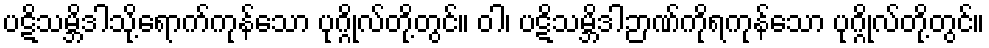
ပဋိသမ္ဘိဒါသို့ရောက်ကုန်သော ပုဂ္ဂိုလ်တို့တွင်။ ဝါ၊ ပဋိသမ္ဘိဒါဉာဏ်ကိုရကုန်သော ပုဂ္ဂိုလ်တို့တွင်။